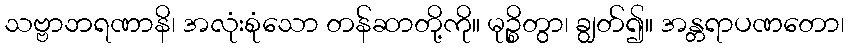
သဗ္ဗာဘရဏာနိ၊ အလုံးစုံသော တန်ဆာတို့ကို။ မုဉ္စိတွာ၊ ချွတ်၍။ အန္တရာပဏတော၊